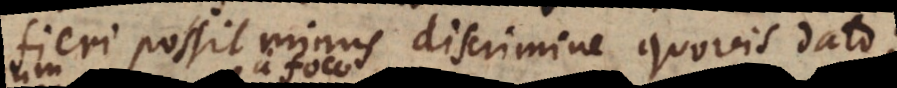
fieri possit minus discrimine quovis dato;